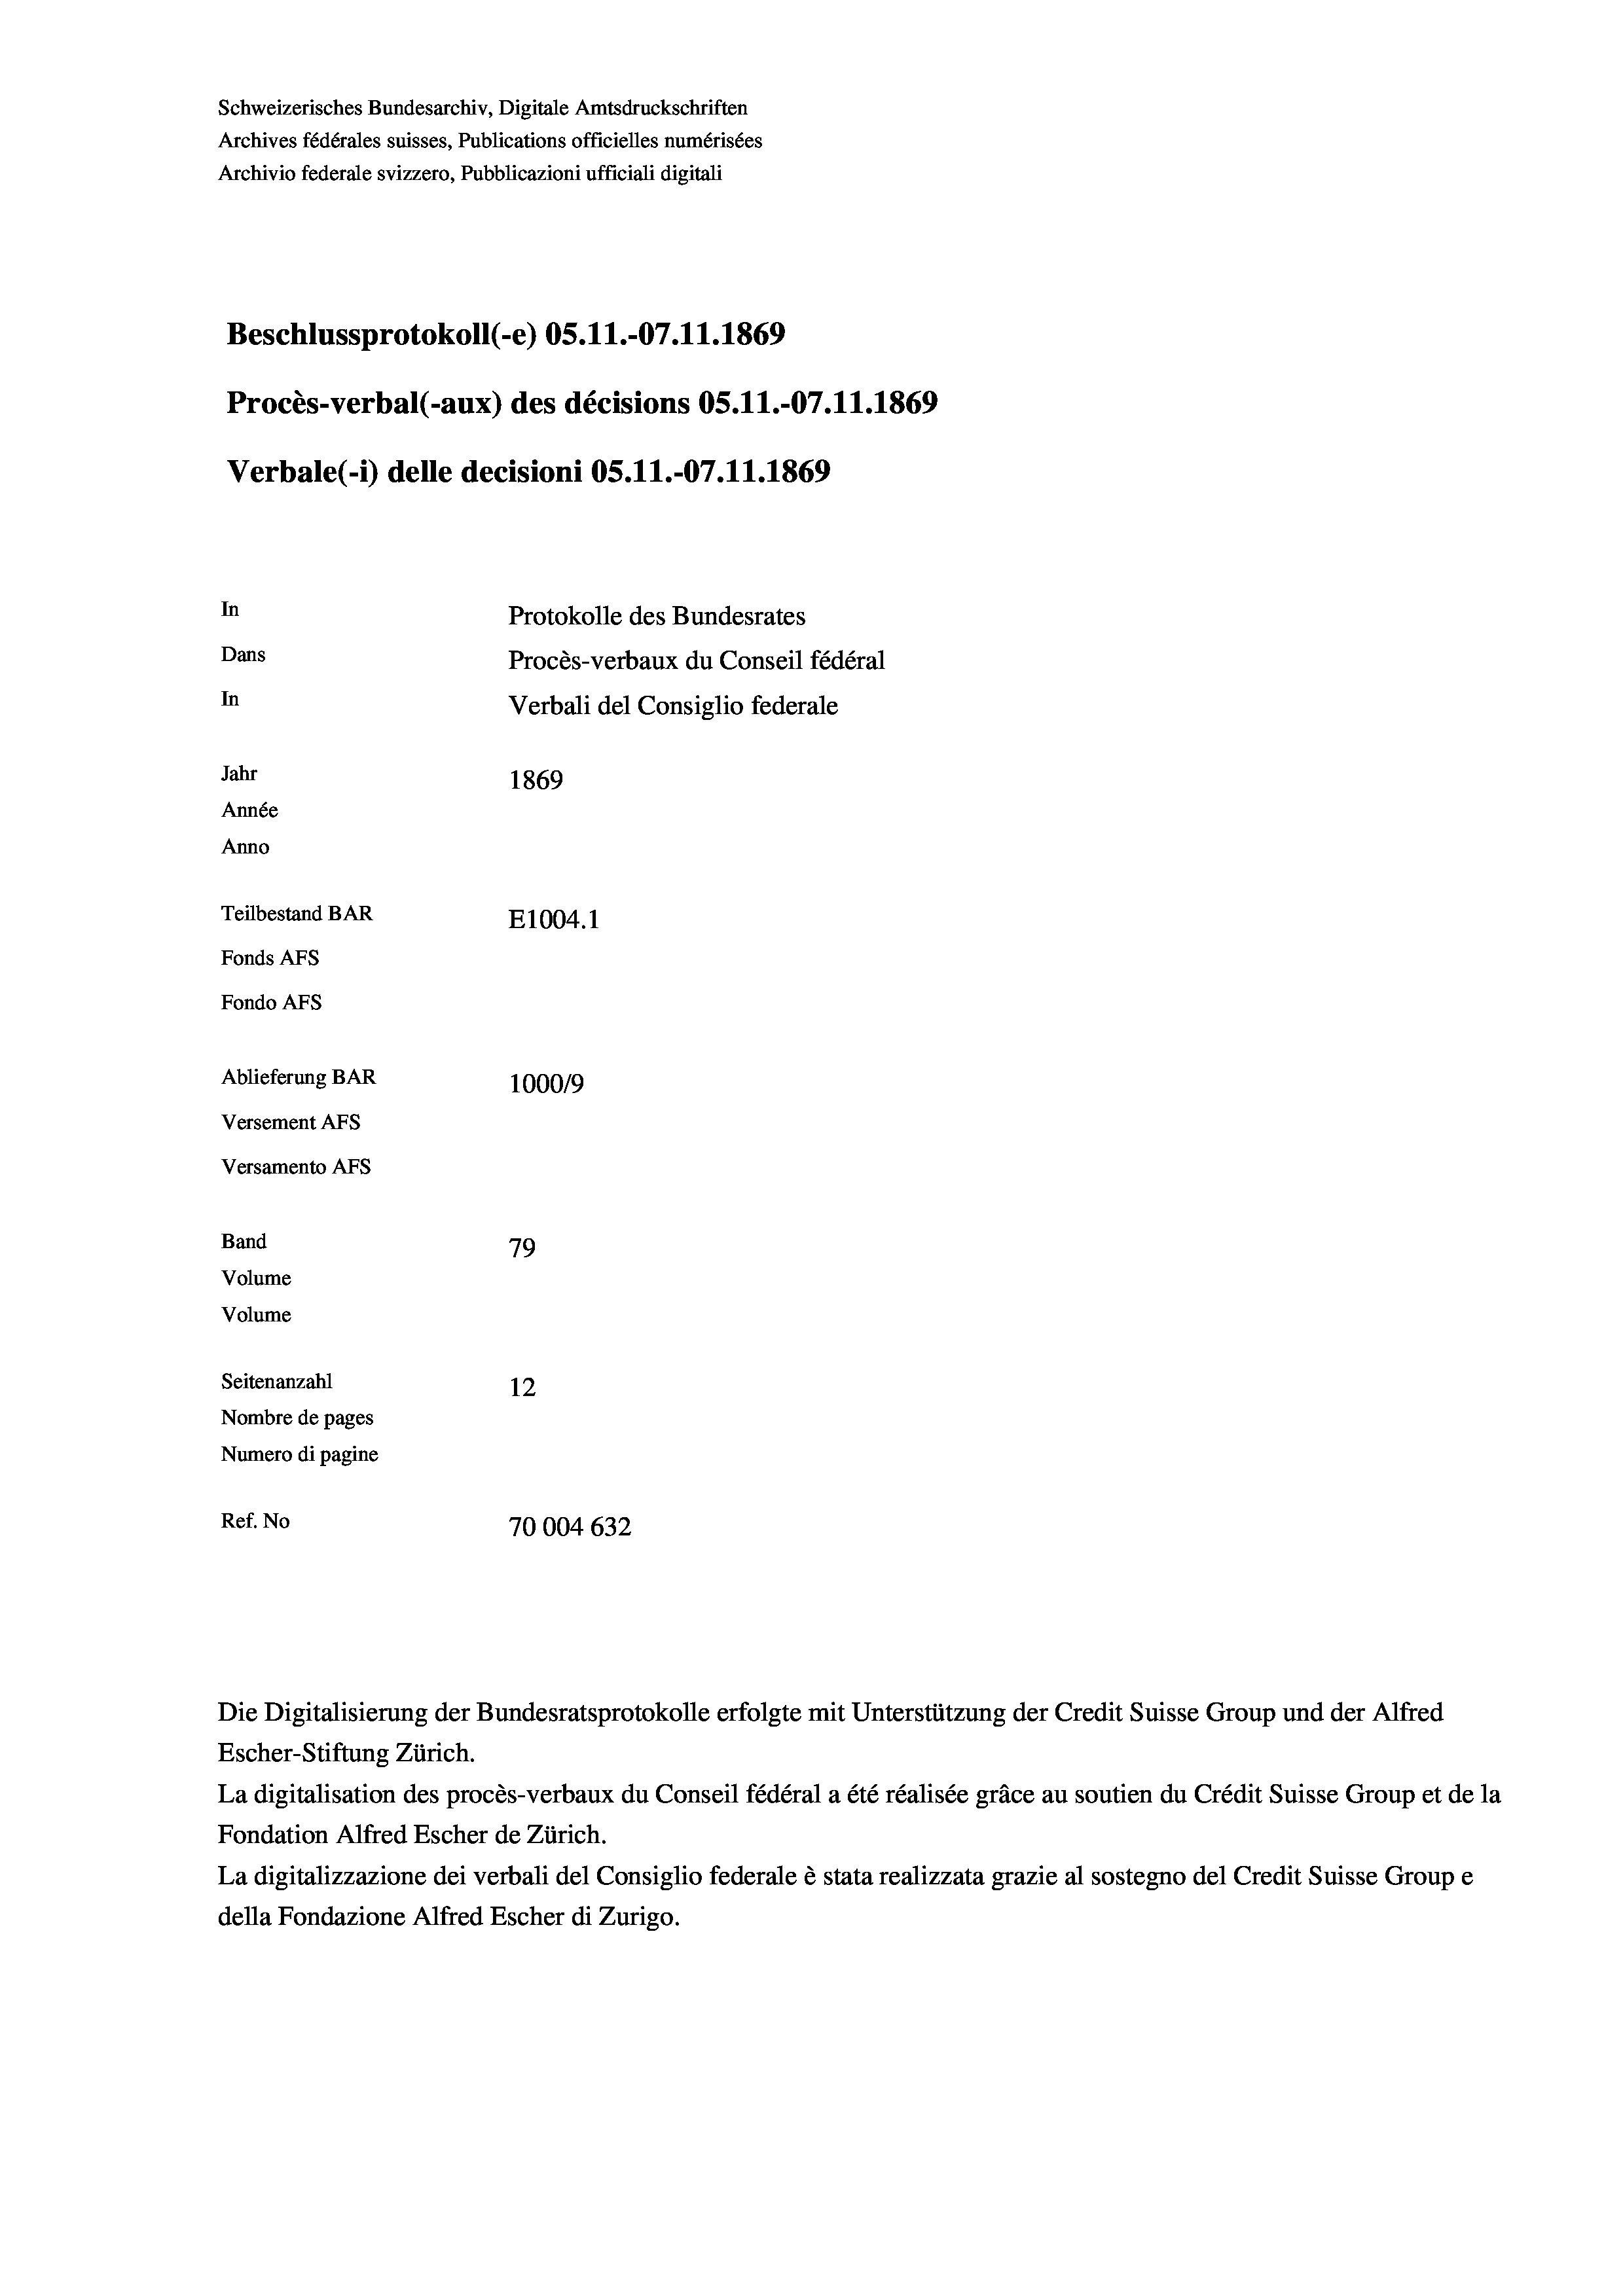
Schweizerisches Bundesarchiv, Digitale Amtsdruckschriften
Archives fédérales suisses, Publications officielles numérisées
Archivio federale svizzero, Pubblicazioni ufficiali digitali
Beschlussprotokoll (-e) OS.11.-07.11.1869
Procès-verbal (-aux) des décisions OS.11.-07.11.1869
Verbale(-*) delle decisioni OS.11.-07.11.1869
In
Protokolle des Bundesrates
Dans
Procès-verbaux du Conseil fédéral
In
Verbali del Consiglio federale
Jahr
1869
Année
Anno
Teilbestand BAR
E1004. 1
Fonds AFs
Fondo AFs
Ablieferung BAR
100019
Versement As
Versamento AFs
Band
79

Volume
Volume
Seitenanzahl
12
Nombre de pages
Numero di pagine
Ref. No
10004 632

Escher-Stiftung Zürich.
La digitalisation des procès-verbaux du Conseil fédéral a été réalisée gräce au soutien du Crédit Suisse Group et de la
Fondation Alfred Escher de Zürich.
La digitalizzazione dei verbali del Consiglio federale è stata realizzata grazie al sostegno del Credit Suisse Groupe
della Fondazione Alfred Escher di Zurigo.

Die Digitalisierung der Bundesratsprotokolle erfolgte mit Unterstützung der Credit Suisse Group und der Alfred